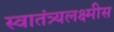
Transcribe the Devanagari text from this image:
स्वातंत्र्यलक्ष्मीस